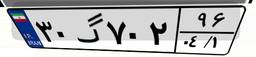
۳۰گ۷۰۲۹۶